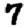
Digit: 7